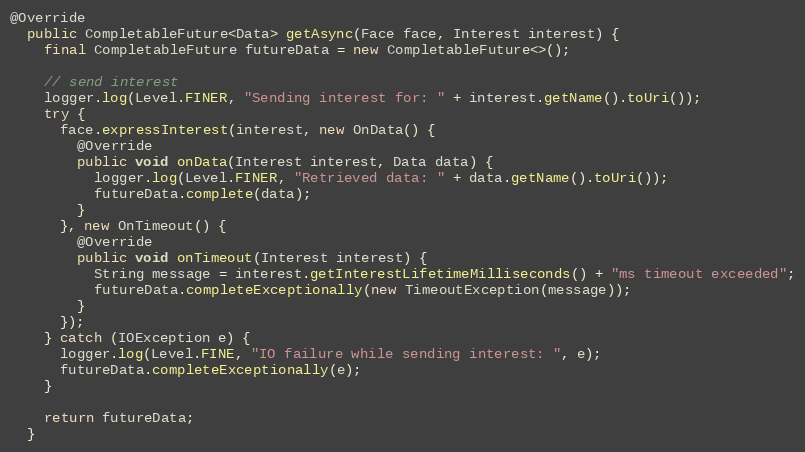
Language: Java
@Override
  public CompletableFuture<Data> getAsync(Face face, Interest interest) {
    final CompletableFuture futureData = new CompletableFuture<>();

    // send interest
    logger.log(Level.FINER, "Sending interest for: " + interest.getName().toUri());
    try {
      face.expressInterest(interest, new OnData() {
        @Override
        public void onData(Interest interest, Data data) {
          logger.log(Level.FINER, "Retrieved data: " + data.getName().toUri());
          futureData.complete(data);
        }
      }, new OnTimeout() {
        @Override
        public void onTimeout(Interest interest) {
          String message = interest.getInterestLifetimeMilliseconds() + "ms timeout exceeded";
          futureData.completeExceptionally(new TimeoutException(message));
        }
      });
    } catch (IOException e) {
      logger.log(Level.FINE, "IO failure while sending interest: ", e);
      futureData.completeExceptionally(e);
    }

    return futureData;
  }